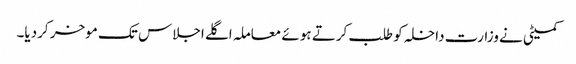
کمیٹی نے وزارت داخلہ کو طلب کرتے ہوئے معاملہ اگلے اجلاس تک موخر کردیا۔